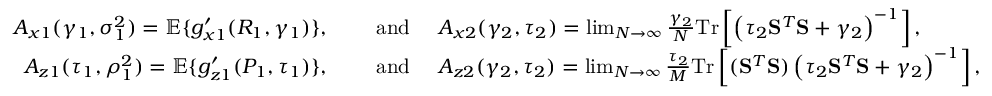
\begin{array} { r l } { A _ { x 1 } ( \gamma _ { 1 } , \sigma _ { 1 } ^ { 2 } ) = \mathbb { E } \{ g _ { x 1 } ^ { \prime } ( R _ { 1 } , \gamma _ { 1 } ) \} , \quad } & { \mathrm { ~ a n d ~ } \quad A _ { x 2 } ( \gamma _ { 2 } , \tau _ { 2 } ) = \operatorname* { l i m } _ { N \to \infty } \frac { \gamma _ { 2 } } { N } \mathrm { T r } \left[ \left( \tau _ { 2 } \mathbf { S } ^ { T } \mathbf { S } + \gamma _ { 2 } \right) ^ { - 1 } \right] , } \\ { A _ { z 1 } ( \tau _ { 1 } , \rho _ { 1 } ^ { 2 } ) = \mathbb { E } \{ g _ { z 1 } ^ { \prime } ( P _ { 1 } , \tau _ { 1 } ) \} , \quad } & { \mathrm { ~ a n d ~ } \quad A _ { z 2 } ( \gamma _ { 2 } , \tau _ { 2 } ) = \operatorname* { l i m } _ { N \to \infty } \frac { \tau _ { 2 } } { M } \mathrm { T r } \left[ ( \mathbf { S } ^ { T } \mathbf { S } ) \left( \tau _ { 2 } \mathbf { S } ^ { T } \mathbf { S } + \gamma _ { 2 } \right) ^ { - 1 } \right] , } \end{array}